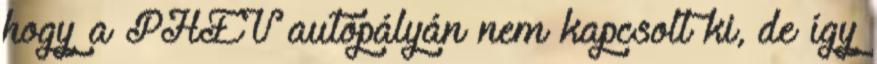
hogy a PHEV autópályán nem kapcsolt ki, de így